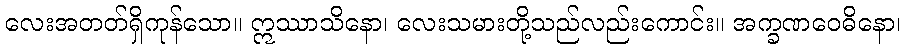
လေးအတတ်ရှိကုန်သော။ ဣဿာသိနော၊ လေးသမားတို့သည်လည်းကောင်း။ အက္ခဏဝေဓိနော၊